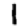
Digit: 1